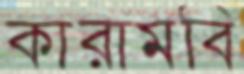
কারামবি